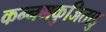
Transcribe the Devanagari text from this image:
कन्नमकुजिताडु